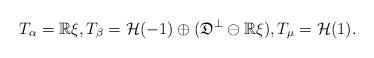
LaTeX: \begin{align*}T_\alpha=\mathbb R\xi, T_\beta=\mathcal H(-1)\oplus(\mathfrak D^\perp\ominus\mathbb R\xi), T_\mu=\mathcal H(1).\end{align*}